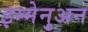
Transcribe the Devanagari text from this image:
इम्मेनुअन